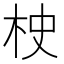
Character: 𣐳